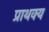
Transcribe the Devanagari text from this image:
प्राथक्य